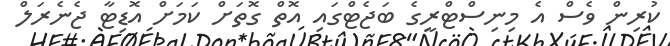
ކުރިން ވެސް އެ މިނިސްޓްރީގެ ބަޖެޓްގައި އޮތް ގޮތަށް ކަމަށް އޮޑިޓާ ޖެނެރަލް